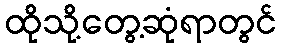
ထိုသို့တွေ့ဆုံရာတွင်